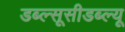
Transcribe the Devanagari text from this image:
डब्ल्सूसीडब्ल्यू